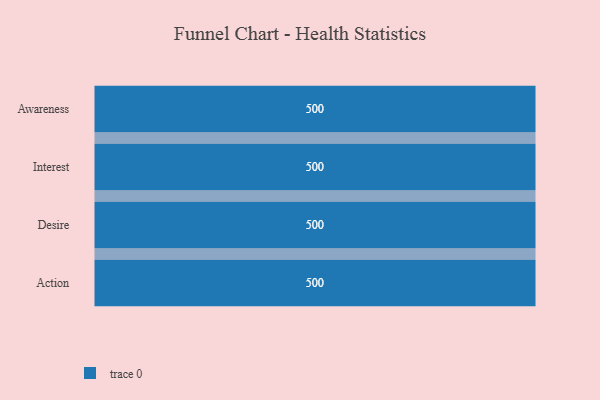
{"axis": {"x": "Stage", "y": "Value"}, "legend": [""], "data": [{"x": "Awareness", "y": 500, "type": ""}, {"x": "Interest", "y": 500, "type": ""}, {"x": "Desire", "y": 500, "type": ""}, {"x": "Action", "y": 500, "type": ""}]}